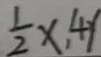
\frac { 1 } { 2 } x , 4 y